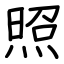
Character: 照